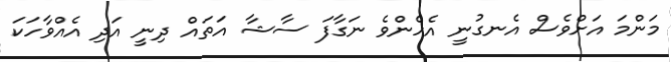
މަންމަ އަށްވެސް އެނގުނީ އެހެންވެ ނަގާފަ ސާޝާ އަތައް ދިނީ އަދި އެއްވާހަކަ